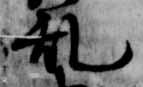
乱